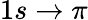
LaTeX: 1s\rightarrow\pi